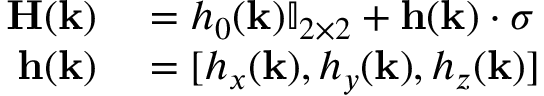
\begin{array} { r l } { \mathbf { H } ( \mathbf { k } ) } & { { } = h _ { 0 } ( \mathbf { k } ) \mathbb { I } _ { 2 \times 2 } + \mathbf { h } ( \mathbf { k } ) \cdot { \boldsymbol \sigma } } \\ { \mathbf { h } ( \mathbf { k } ) } & { { } = [ h _ { x } ( \mathbf { k } ) , h _ { y } ( \mathbf { k } ) , h _ { z } ( \mathbf { k } ) ] } \end{array}